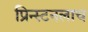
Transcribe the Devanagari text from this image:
प्रिन्स्टनलाच